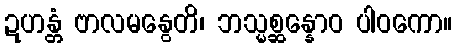
ဍဟန္တံ ဗာလမနွေတိ၊ ဘသ္မစ္ဆန္နောဝ ပါဝကော။